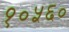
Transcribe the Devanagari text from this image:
१०५६०